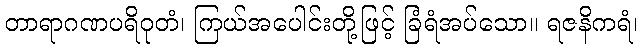
တာရာဂဏပရိဝုတံ၊ ကြယ်အပေါင်းတို့ဖြင့် ခြံရံအပ်သော။ ရဇနိကရံ၊